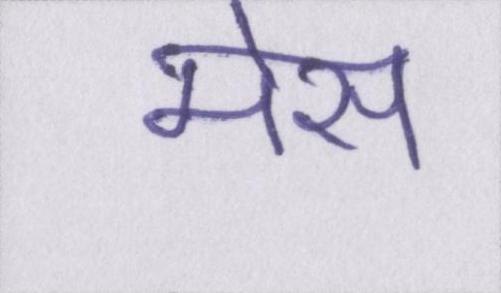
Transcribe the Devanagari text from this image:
मेस